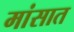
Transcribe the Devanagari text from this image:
मांसात